DOW-UAP-D6, Mission Report, Arabian Gulf, 2020
Agency: Department of War
Incident location: Pacific Ocean
Page 6
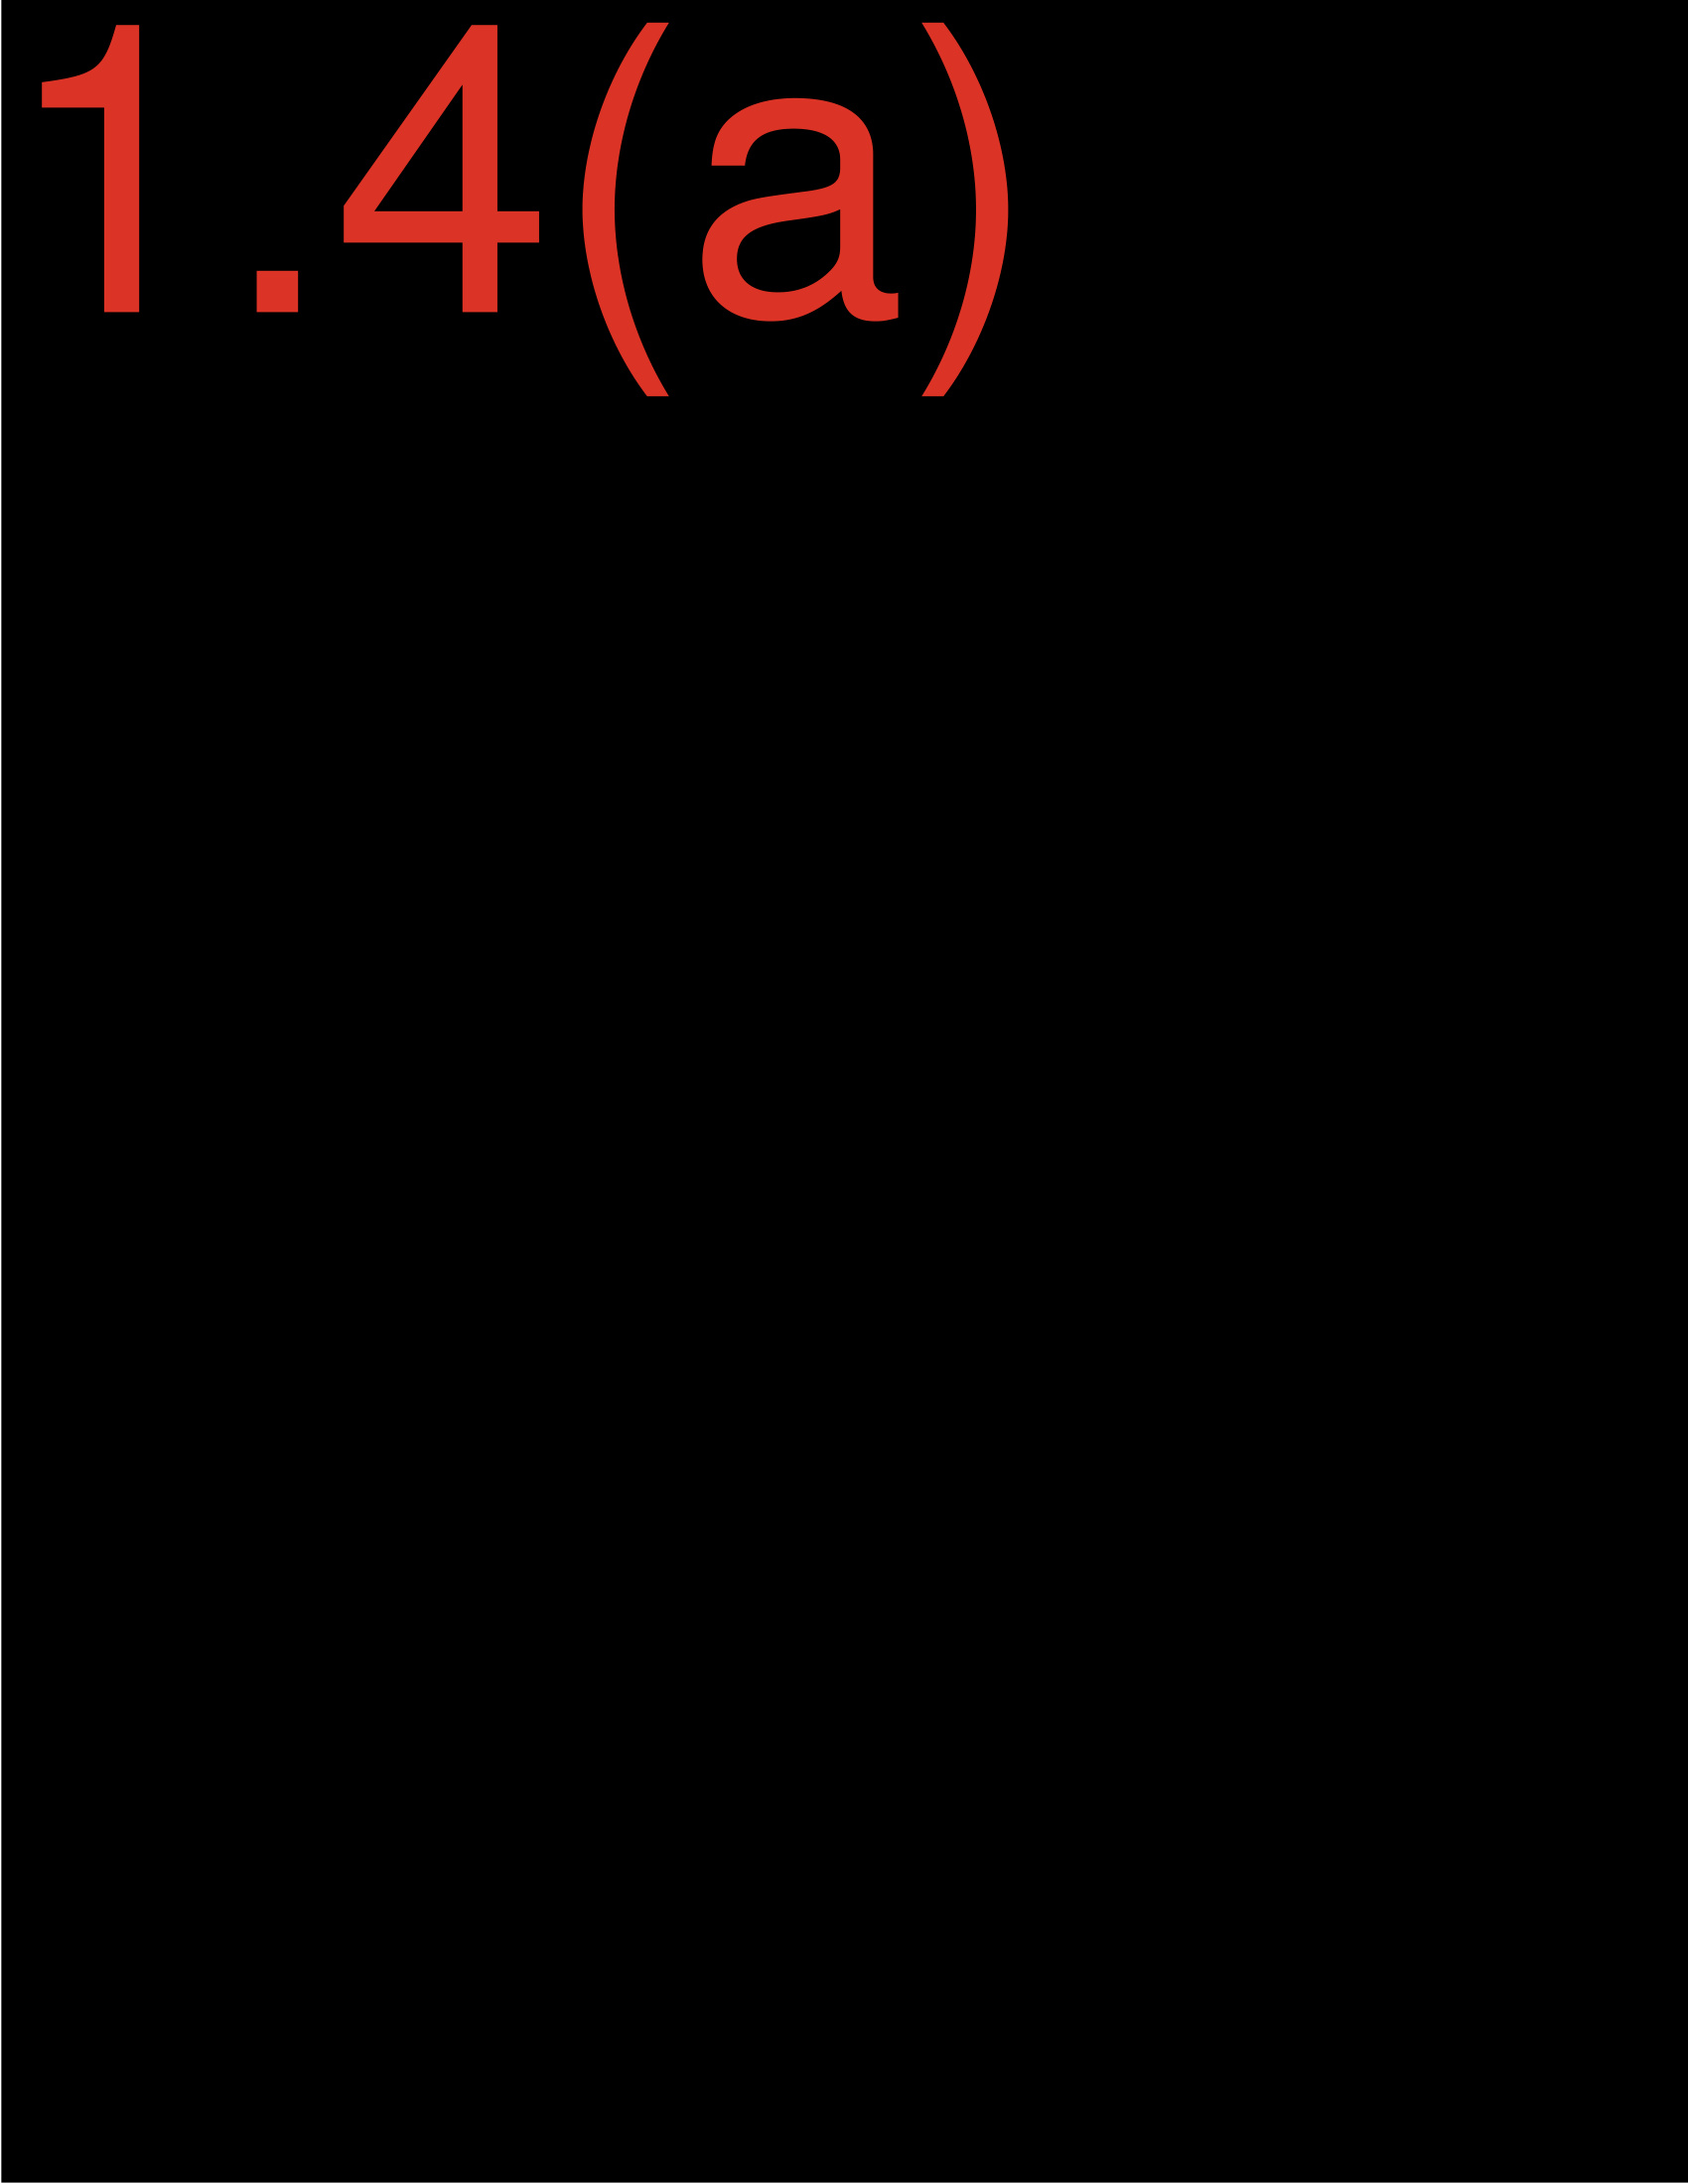